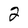
Character: 2